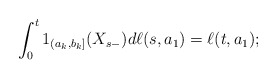
\begin{align*}\int_0^t 1_{(a_k,b_k]}(X_{s-})d\ell(s, a_1)=\ell(t,a_1);\end{align*}